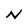
Character: N